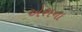
એશના